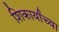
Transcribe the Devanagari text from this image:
शिकार्यांच्या